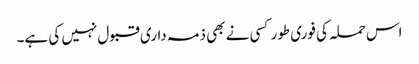
اس حملہ کی فوری طور کسی نے بھی ذمہ داری قبول نہیں کی ہے۔